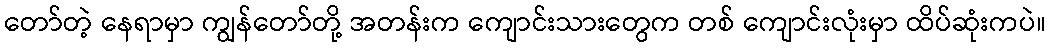
တော်တဲ့ နေရာမှာ ကျွန်တော်တို့ အတန်းက ကျောင်းသားတွေက တစ် ကျောင်းလုံးမှာ ထိပ်ဆုံးကပဲ။